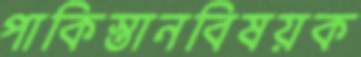
পাকিস্তানবিষয়ক